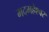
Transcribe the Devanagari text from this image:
मदमहेश्वर